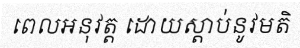
ពេលអនុវត្ត ដោយស្តាប់នូវមតិ